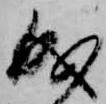
成